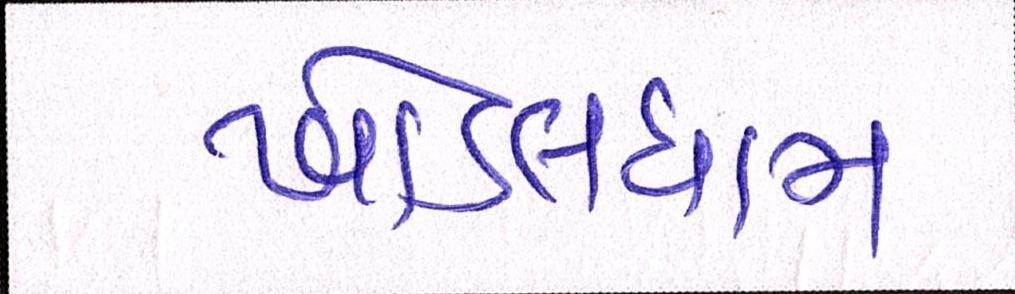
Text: ખોડલધામ